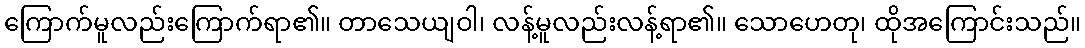
ကြောက်မူလည်းကြောက်ရာ၏။ တာသေယျဝါ၊ လန့်မူလည်းလန့်ရာ၏။ သောဟေတု၊ ထိုအကြောင်းသည်။